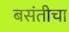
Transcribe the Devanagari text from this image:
बसंतीचा